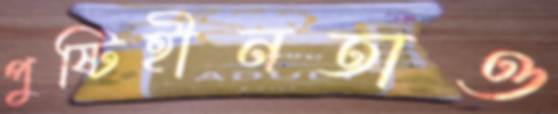
পুষ্টিহীনতাও